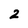
Character: 2